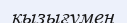
қызығумен